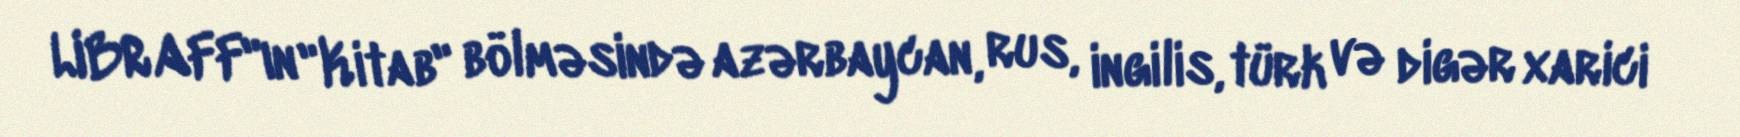
LIBRAFF"ın "Kitab" bölməsində azərbaycan, rus, ingilis, türk və digər xarici